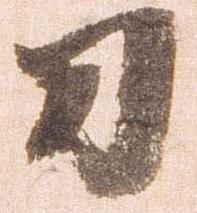
刀